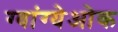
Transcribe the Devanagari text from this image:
ग्वांग्येओक